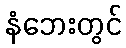
နံဘေးတွင်